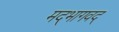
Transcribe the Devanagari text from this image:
मद्‌भागवद्‌